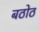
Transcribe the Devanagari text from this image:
बठोठ